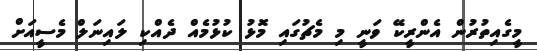
މީގެއިތުރުން އެންރީކޭ ވަނީ މި މެޗުގައި މޮޅު ކުޅުމެއް ދެއްކި ލައިނަލް މެސީއަށް